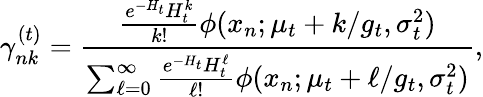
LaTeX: \gamma_{nk}^{(t)}=\frac{\frac{e^{-H_{t}}H_{t}^{k}}{k!}\phi(x_{n};\mu_{t}+k/g_{t},\sigma_{t}^{2})}{\sum_{\ell=0}^{\infty}\frac{e^{-H_{t}}H_{t}^{\ell}}{\ell!}\phi(x_{n};\mu_{t}+\ell/g_{t},\sigma_{t}^{2})},